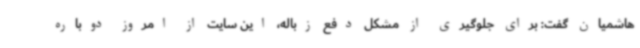
هاشمیان گفت: برای جلوگیری از مشکل دفع زباله، این سایت از امروز دوباره